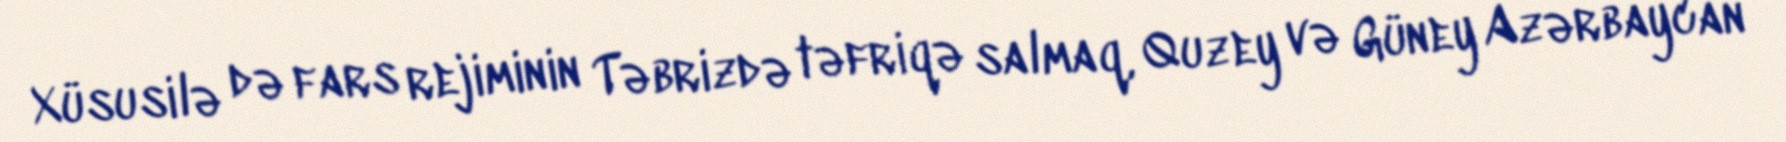
Xüsusilə də fars rejiminin Təbrizdə təfriqə salmaq, Quzey və Güney Azərbaycan